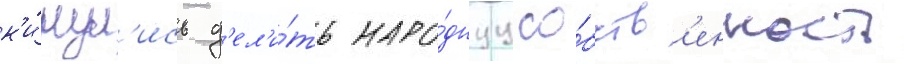
к'и́нул'ись д'ел'и́ть наро́днуу со́бств'енность